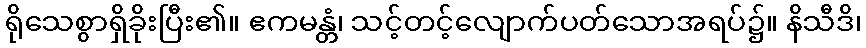
ရိုသေစွာရှိခိုးပြီး၏။ ဧကမန္တံ၊ သင့်တင့်လျောက်ပတ်သောအရပ်၌။ နိသီဒိ၊